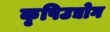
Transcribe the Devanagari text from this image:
कृषिउद्योग